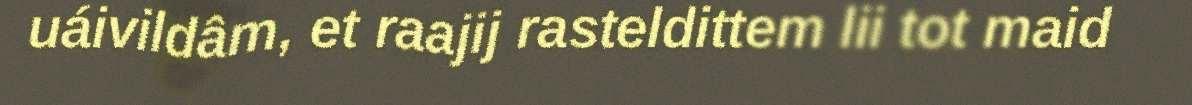
uáivildâm, et raajij rasteldittem lii tot maid